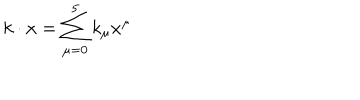
k \cdot x = \sum _ { \mu = 0 } ^ { 5 } k _ { \mu } x ^ { \mu }